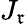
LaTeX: J_{\mathfrak{r}}